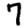
Digit: 7